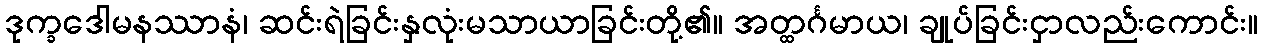
ဒုက္ခဒေါမနဿာနံ၊ ဆင်းရဲခြင်းနှလုံးမသာယာခြင်းတို့၏။ အတ္ထင်္ဂမာယ၊ ချုပ်ခြင်းငှာလည်းကောင်း။